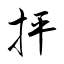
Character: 抨